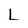
Character: L